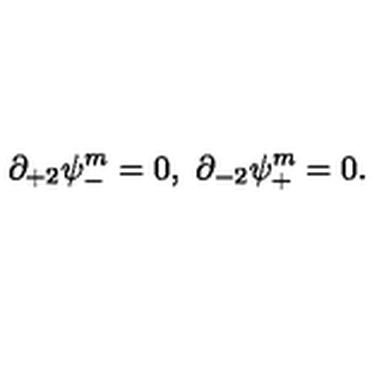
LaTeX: \partial _ { + 2 } \psi _ { - } ^ { m } = 0 , \ \partial _ { - 2 } \psi _ { + } ^ { m } = 0 .